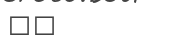
١١